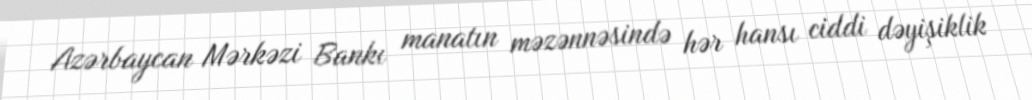
Azərbaycan Mərkəzi Bankı manatın məzənnəsində hər hansı ciddi dəyişiklik